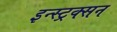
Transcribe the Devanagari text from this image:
इन्स्ट्रक्सन